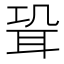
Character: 𦕓